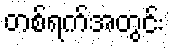
တစ်ရက်အတွင်း